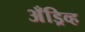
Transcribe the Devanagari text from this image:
अँड्रिव्ह